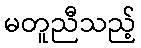
မတူညီသည့်